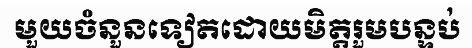
មួយចំនួនទៀតដោយមិត្តរួមបន្ទប់